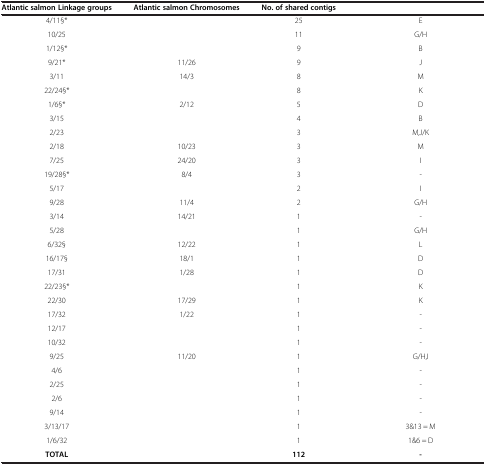
<table><thead><tr><td><b>Atlantic salmon Linkage groups</b></td><td><b>Atlantic salmon Chromosomes</b></td><td><b>No. of shared contigs</b></td><td>[EMPTY_CELL]</td></tr></thead><tbody><tr><td>4/11§*</td><td>[EMPTY_CELL]</td><td>25</td><td>E</td></tr><tr><td>10/25</td><td>[EMPTY_CELL]</td><td>11</td><td>G/H</td></tr><tr><td>1/12§*</td><td>[EMPTY_CELL]</td><td>9</td><td>B</td></tr><tr><td>9/21*</td><td>11/26</td><td>9</td><td>J</td></tr><tr><td>3/11</td><td>14/3</td><td>8</td><td>M</td></tr><tr><td>22/24§*</td><td>[EMPTY_CELL]</td><td>8</td><td>K</td></tr><tr><td>1/6§*</td><td>2/12</td><td>5</td><td>D</td></tr><tr><td>3/15</td><td>[EMPTY_CELL]</td><td>4</td><td>B</td></tr><tr><td>2/23</td><td>[EMPTY_CELL]</td><td>3</td><td>M,J/K</td></tr><tr><td>2/18</td><td>10/23</td><td>3</td><td>M</td></tr><tr><td>7/25</td><td>24/20</td><td>3</td><td>I</td></tr><tr><td>19/28§*</td><td>8/4</td><td>3</td><td>-</td></tr><tr><td>5/17</td><td>[EMPTY_CELL]</td><td>2</td><td>I</td></tr><tr><td>9/28</td><td>11/4</td><td>2</td><td>G/H</td></tr><tr><td>3/14</td><td>14/21</td><td>1</td><td>-</td></tr><tr><td>5/28</td><td>[EMPTY_CELL]</td><td>1</td><td>G/H</td></tr><tr><td>6/32§</td><td>12/22</td><td>1</td><td>L</td></tr><tr><td>16/17§</td><td>18/1</td><td>1</td><td>D</td></tr><tr><td>17/31</td><td>1/28</td><td>1</td><td>D</td></tr><tr><td>22/23§*</td><td>[EMPTY_CELL]</td><td>1</td><td>K</td></tr><tr><td>22/30</td><td>17/29</td><td>1</td><td>K</td></tr><tr><td>17/32</td><td>1/22</td><td>1</td><td>-</td></tr><tr><td>12/17</td><td>[EMPTY_CELL]</td><td>1</td><td>-</td></tr><tr><td>10/32</td><td>[EMPTY_CELL]</td><td>1</td><td>-</td></tr><tr><td>9/25</td><td>11/20</td><td>1</td><td>G/H,I</td></tr><tr><td>4/6</td><td>[EMPTY_CELL]</td><td>1</td><td>-</td></tr><tr><td>2/25</td><td>[EMPTY_CELL]</td><td>1</td><td>-</td></tr><tr><td>2/6</td><td>[EMPTY_CELL]</td><td>1</td><td>-</td></tr><tr><td>9/14</td><td>[EMPTY_CELL]</td><td>1</td><td>-</td></tr><tr><td>3/13/17</td><td>[EMPTY_CELL]</td><td>1</td><td>3&amp;13 = M</td></tr><tr><td>1/6/32</td><td>[EMPTY_CELL]</td><td>1</td><td>1&amp;6 = D</td></tr><tr><td><b>TOTAL</b></td><td>[EMPTY_CELL]</td><td><b>112</b></td><td><b>-</b></td></tr></tbody></table>